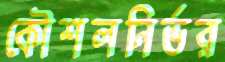
কৌশলনির্ভর